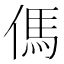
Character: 傌